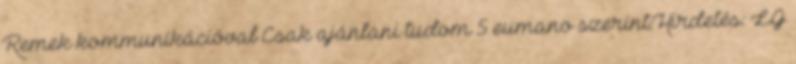
Remek kommunikációval Csak ajánlani tudom 5 eumano szerint:Hirdetés: LG